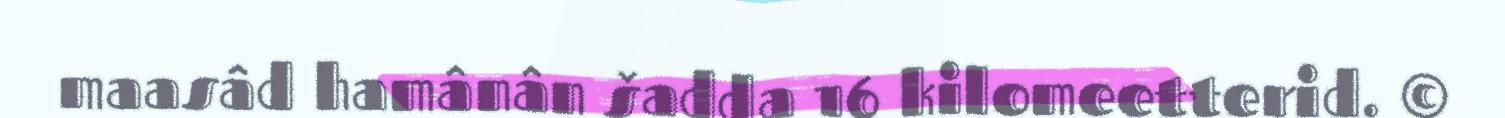
maasâd hamânân šadda 16 kilomeetterid. ©